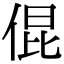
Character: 倱